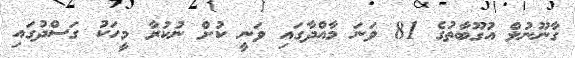
ގާނޫނުލް އުގޫބާތުގެ 81 ވަނަ މާއްދާގައި ވަނީ ކުށް ނުކުރާ މީހަކު ގަސްދުގައި